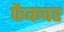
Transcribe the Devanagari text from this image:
फैकचर